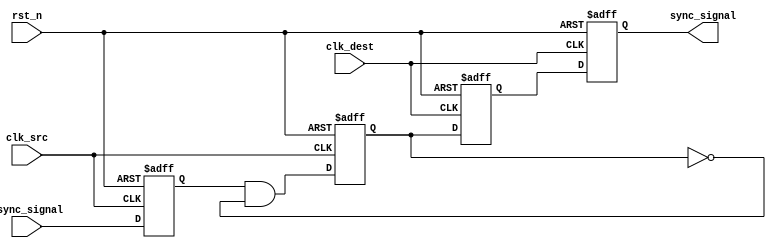
module pulsed_synchronizer #(
    parameter WIDTH = 1 // Width of the input signal
)(
    input wire clk_src,         // Source clock
    input wire clk_dest,        // Destination clock
    input wire async_signal,     // Asynchronous input signal
    input wire rst_n,           // Asynchronous reset (active low)
    output reg [WIDTH-1:0] sync_signal // Synchronized output signal
);

    // Internal signals
    reg [WIDTH-1:0] ff1;        // First flip-flop output
    reg [WIDTH-1:0] ff2;        // Second flip-flop output
    reg pulse;                  // Pulse signal

    // First stage: sample async_signal in the source clock domain
    always @(posedge clk_src or negedge rst_n) begin
        if (!rst_n) begin
            ff1 <= 0;
        end else begin
            ff1 <= async_signal; // Capture the async signal
        end
    end

    // Pulse generation logic
    always @(posedge clk_src or negedge rst_n) begin
        if (!rst_n) begin
            pulse <= 0;
        end else begin
            pulse <= (ff1 && !pulse); // Generate pulse on rising edge of async_signal
        end
    end

    // Second stage: sample pulse in the destination clock domain
    always @(posedge clk_dest or negedge rst_n) begin
        if (!rst_n) begin
            ff2 <= 0;
        end else begin
            ff2 <= pulse; // Sample the pulse signal
        end
    end

    // Output assignment
    always @(posedge clk_dest or negedge rst_n) begin
        if (!rst_n) begin
            sync_signal <= 0;
        end else begin
            sync_signal <= ff2; // Output the synchronized signal
        end
    end

endmodule